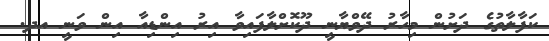
ކަފާލާތުގެ ދަށުން މިހާރު ދޭވްޔާނީ ދޫކޮށްލާފައިވާ އިރު އިންޑިއާ އިން ވަނީ އދ.